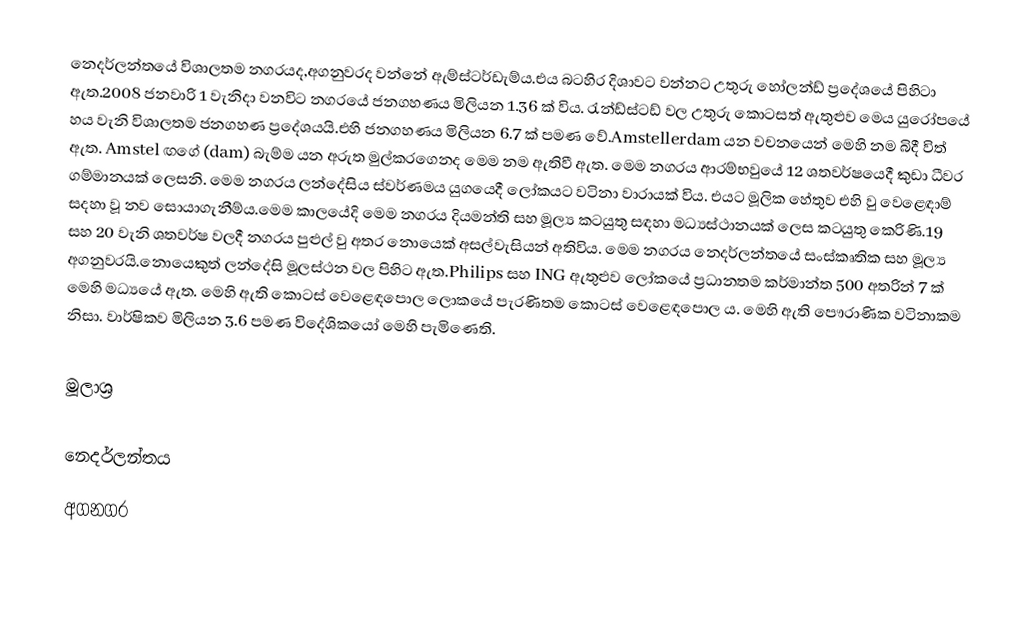
නෙදර්ලන්තයේ විශාලතම නගරයද,අගනුවරද වන්නේ ඇම්ස්ටර්ඩැම්ය.එය බටහිර දිශාවට වන්නට උතුරු හෝලන්ඩ් ප්‍රදේශයේ පිහිටා ඇත.2008 ජනවාරි 1 වැනිදා වනවිට නගරයේ ජනගහණය මිලියන 1.36 ක් විය. රැන්ඩ්ස්ටඩ් වල උතුරු කොටසත් ඇතුළුව මෙය යුරෝපයේ හය වැනි විශාලතම ජනගහණ ප්‍රදේශයයි.එහි ජනගහණය මිලියන 6.7 ක් පමණ වේ.Amstellerdam යන වචනයෙන් මෙහි නම බිදී විත් ඇත. Amstel ඟගේ (dam) බැම්ම යන අරුත මුල්කරගෙනද මෙම නම ඇතිවී ඇත. මෙම නගරය ආරම්භවුයේ 12 ශතවර්ෂයෙදී කුඩා ධීවර ගම්මානයක් ලෙසනි. මෙම නගරය ලන්දේසිය ස්වර්ණමය යුගයෙදී ලෝකයට වටිනා වාරායක් විය. එයට මූලික හේතුව එහි වු වෙළෙඳාම් සදහා වූ නව සොයාගැනීම්ය.මෙම කාලයේදි මෙම නගරය දියමන්ති සහ මූල්‍ය කටයුතු සඳහා මධ්‍යස්ථානයක් ලෙස කටයුතු කෙරිණි.19 සහ 20 වැනි ශතවර්ෂ වලදී නගරය පුළුල් වු අතර නොයෙක් අසල්වැසියන් අතිවිය. මෙම නගරය නෙදර්ලන්තයේ සංස්කෘතික සහ මූල්‍ය අගනුවරයි.නොයෙකුත් ලන්දේසි මූලස්ථන වල පිහිට ඇත.Philips සහ ING ඇතුළුව ලෝකයේ ප්‍රධානතම කර්මාන්ත 500 අතරින් 7 ක් මෙහි මධ්‍යයේ ඇත. මෙහි ඇති කොටස් වෙළෙඳපොල ලොකයේ පැරණිතම කොටස් වෙළෙඳපොල ය. මෙහි ඇති පෞරාණික වටිනාකම නිසා. වාර්ෂිකව මිලියන 3.6 පමණ විදේශිකයෝ මෙහි පැමිණෙති.

මූලාශ්‍ර

නෙදර්ලන්තය
අගනගර